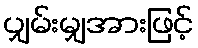
ပျှမ်းမျှအားဖြင့်